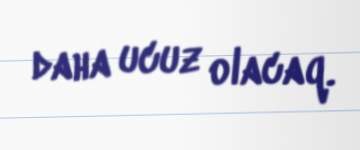
daha ucuz olacaq.